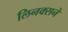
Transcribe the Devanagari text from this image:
लिनक्सने